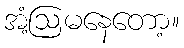
အံ့ဩမနေတော့။